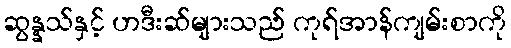
ဆွန္နသ်နှင့် ဟဒီးဆ်များသည် ကုရ်အာန်ကျမ်းစာကို